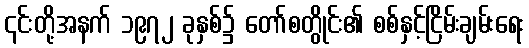
၎င်းတို့အနက် ၁၉၇၂ ခုနှစ်၌ တော်စတွိုင်း၏ စစ်နှင့်ငြိမ်းချမ်းရေး